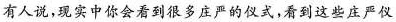
有人说，现实中你会看到很多庄严的仪式，看到这些庄严仪